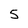
Character: 5